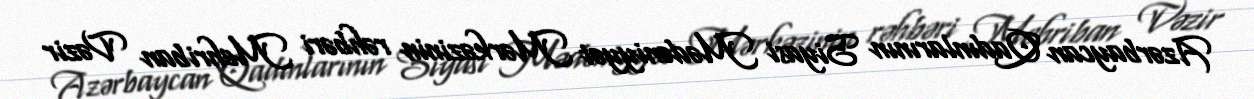
Azərbaycan Qadınlarının Siyasi Mədəniyyət Mərkəzinin rəhbəri Mehriban Vəzir